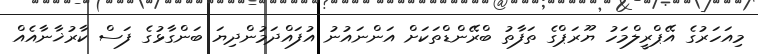
މިއަހަރުގެ އޭޕްރީލްމަހު ޔޫރަޕްގެ ތަފާތު ބްރޭންޑްތަކަށް އަންނައުނު އުފައްދަމުންދިޔަ ބަންގާޅުގެ ފަސް ކާރުޚާނާއެއް